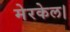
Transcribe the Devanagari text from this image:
मेरकेल।